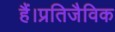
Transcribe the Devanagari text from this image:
हैं।प्रतिजैविक